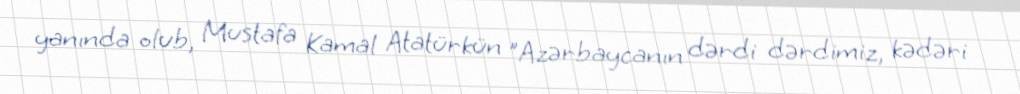
yanında olub, Mustafa Kamal Atatürkün "Azərbaycanın dərdi dərdimiz, kədəri